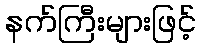
နက်ကြီးများဖြင့်